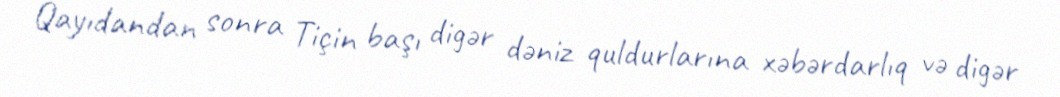
Qayıdandan sonra Tiçin başı digər dəniz quldurlarına xəbərdarlıq və digər